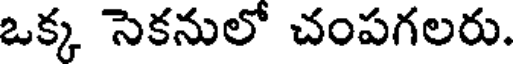
ఒక్క సెకనులో చంపగలరు.